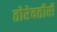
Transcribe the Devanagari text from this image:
तोरेवतीरीं